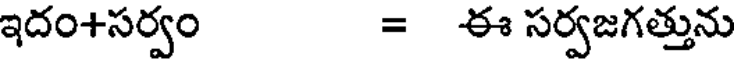
ఇదం+సర్వం = ఈ సర్వజగత్తును